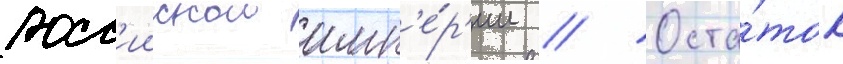
росс'иискои имп'е́р'ии // Оста́ток